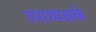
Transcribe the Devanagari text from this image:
उपाध्यक्षके